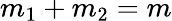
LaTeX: m_{1}+m_{2}=m